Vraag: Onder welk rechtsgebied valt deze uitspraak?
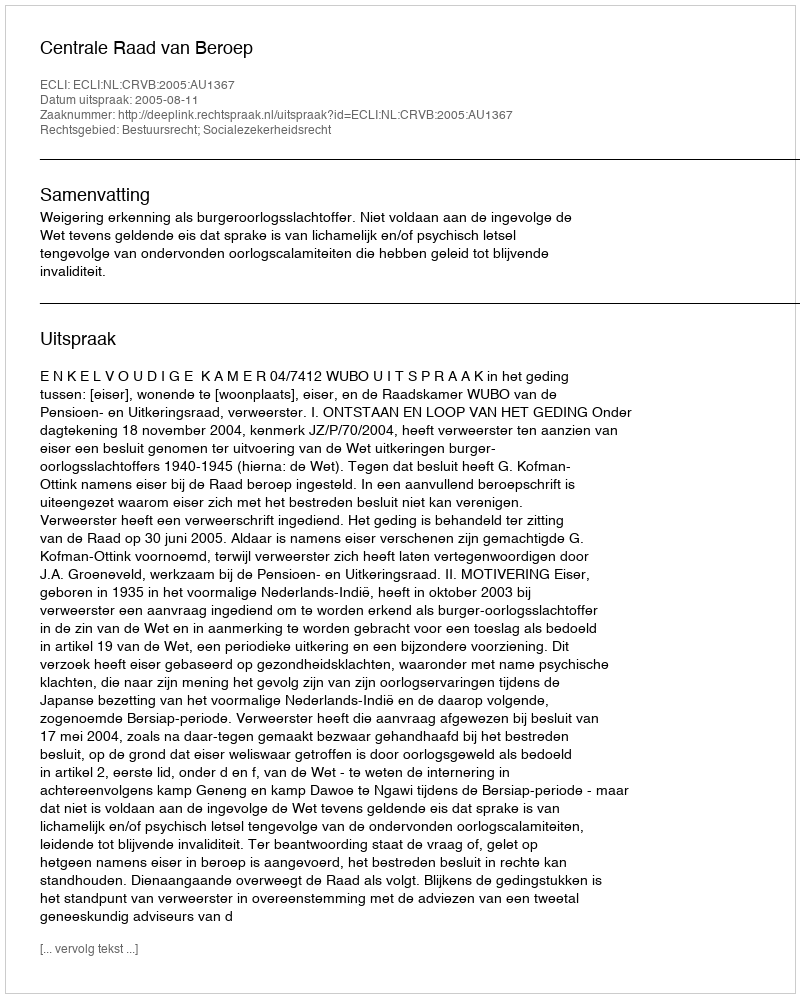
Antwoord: Bestuursrecht; Socialezekerheidsrecht